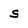
Character: s